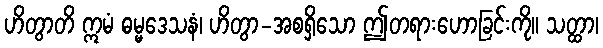
ဟိတွာတိ ဣမံ ဓမ္မဒေသနံ၊ ဟိတွာ-အစရှိသော ဤတရားဟောခြင်းကို။ သတ္ထာ၊